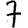
Digit: 7